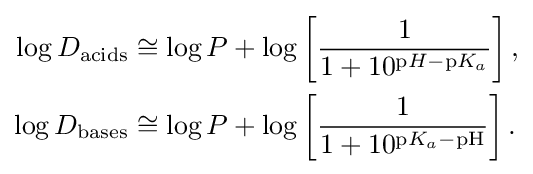
{\begin{aligned}\log D_{\text{acids}}&\cong \log P+\log \left[{\frac {1}{1+10^{\mathrm {p} H-\mathrm {p} K_{a}}}}\right],\\\log D_{\text{bases}}&\cong \log P+\log \left[{\frac {1}{1+10^{\mathrm {p} K_{a}-\mathrm {pH} }}}\right].\end{aligned}}